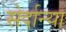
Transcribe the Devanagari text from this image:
सेर्दान्या